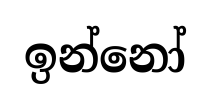
ඉන්නෝ